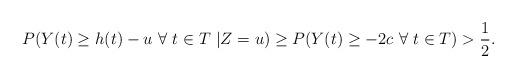
LaTeX: \begin{align*}P(Y(t) \ge h(t)-u~\forall~t \in T~| Z=u)\ge P(Y(t) \ge -2c~\forall~t \in T)>\frac{1}{2}.\end{align*}